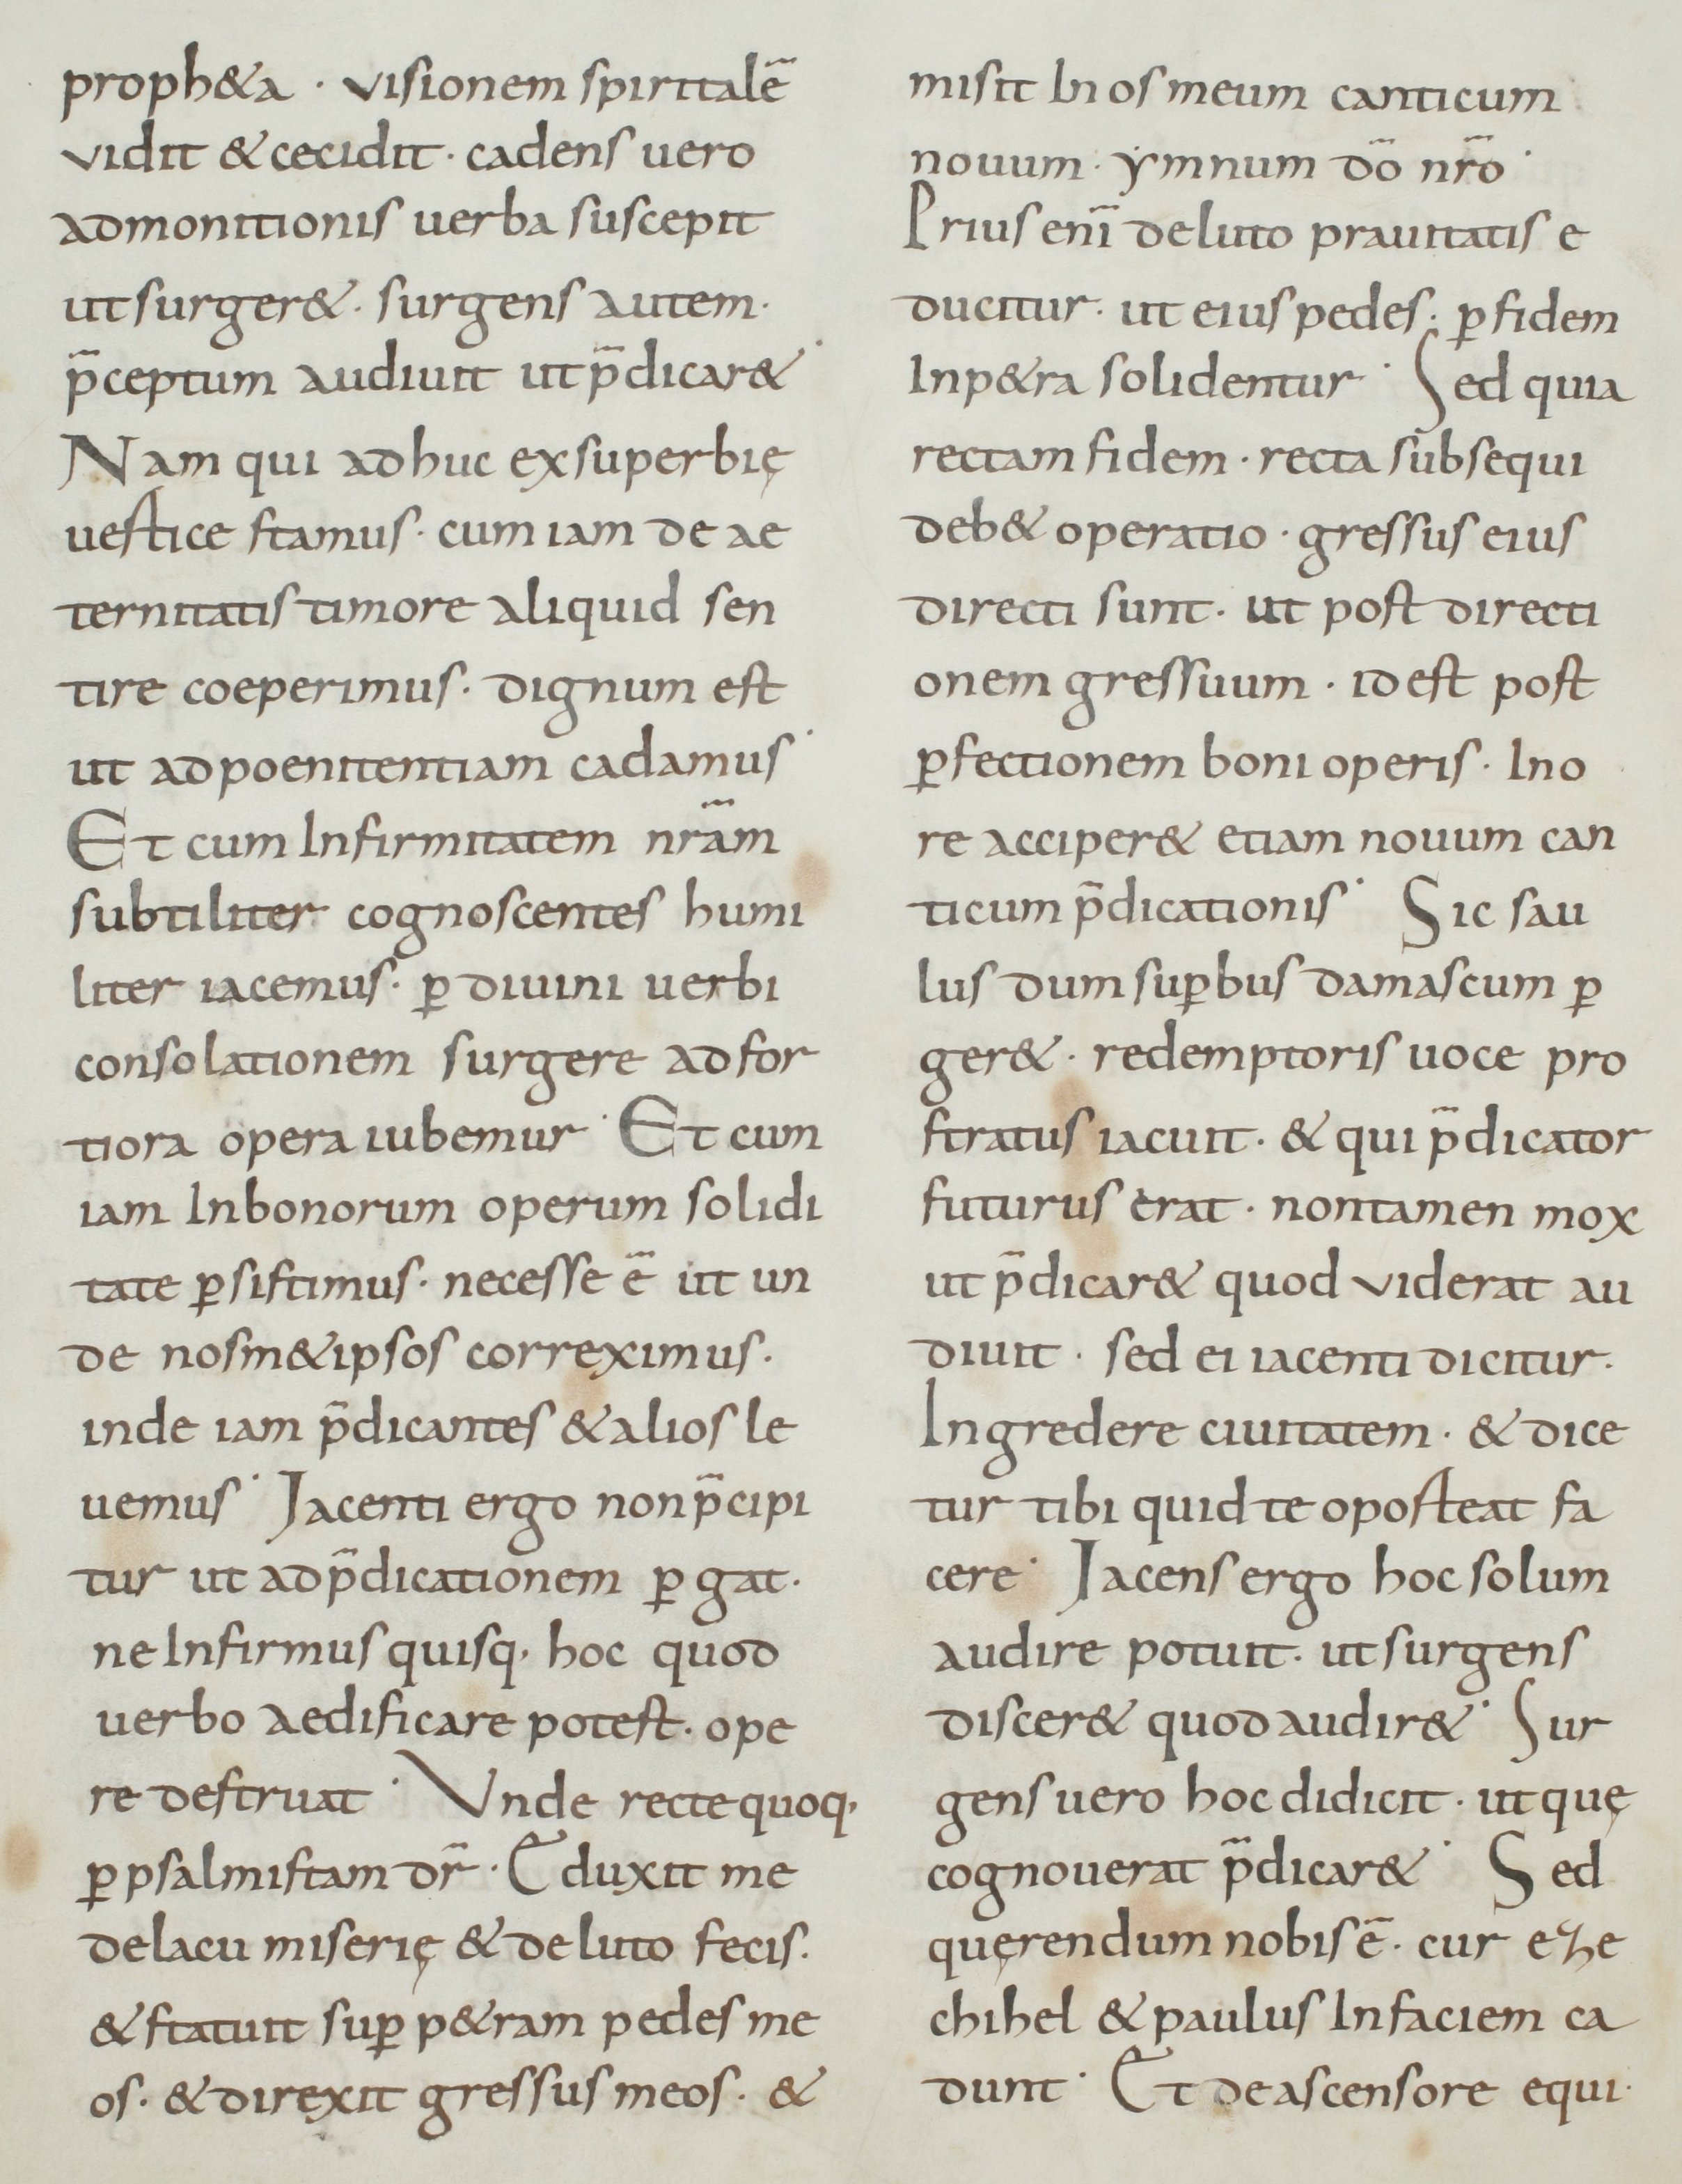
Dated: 800–899